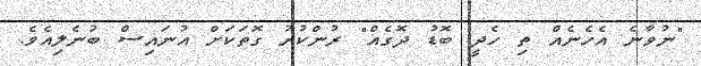
"ނުވާނެ އެހެނެއް ތި ހެދީ ބޮޑު ދޮގެއް" ރުންކުރު ގޮތަކަށް އުނައިސް ބުނެލިއެވެ.